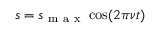
s = s _ { \mathrm { ~ m ~ a ~ x ~ } } \cos ( 2 \pi \nu t )